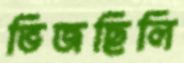
ভিজছিলি